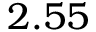
2 . 5 5